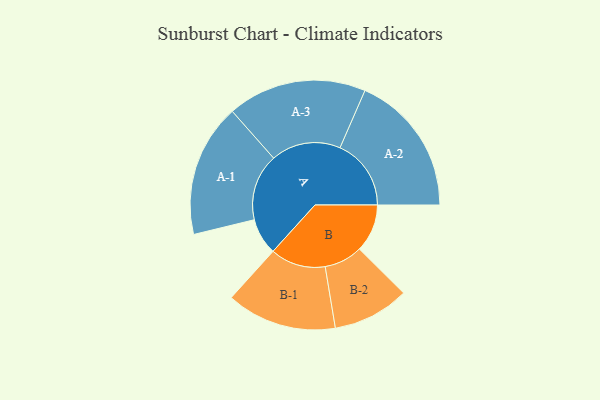
{"axis": {"x": "Segment", "y": "Value"}, "legend": ["", "A", "B"], "data": [{"x": "A", "y": 145, "type": ""}, {"x": "B", "y": 190, "type": ""}, {"x": "A-1", "y": 264, "type": "A"}, {"x": "A-2", "y": 282, "type": "A"}, {"x": "A-3", "y": 276, "type": "A"}, {"x": "B-1", "y": 219, "type": "B"}, {"x": "B-2", "y": 152, "type": "B"}]}